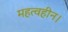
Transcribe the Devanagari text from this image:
महत्वहीन।